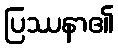
ပြဿနာ၏